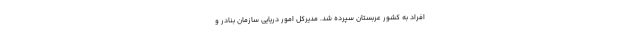
افراد به کشور عربستان سپرده شد. مدیرکل امور دریایی سازمان بنادر و